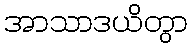
အာသာဒယိတွာ